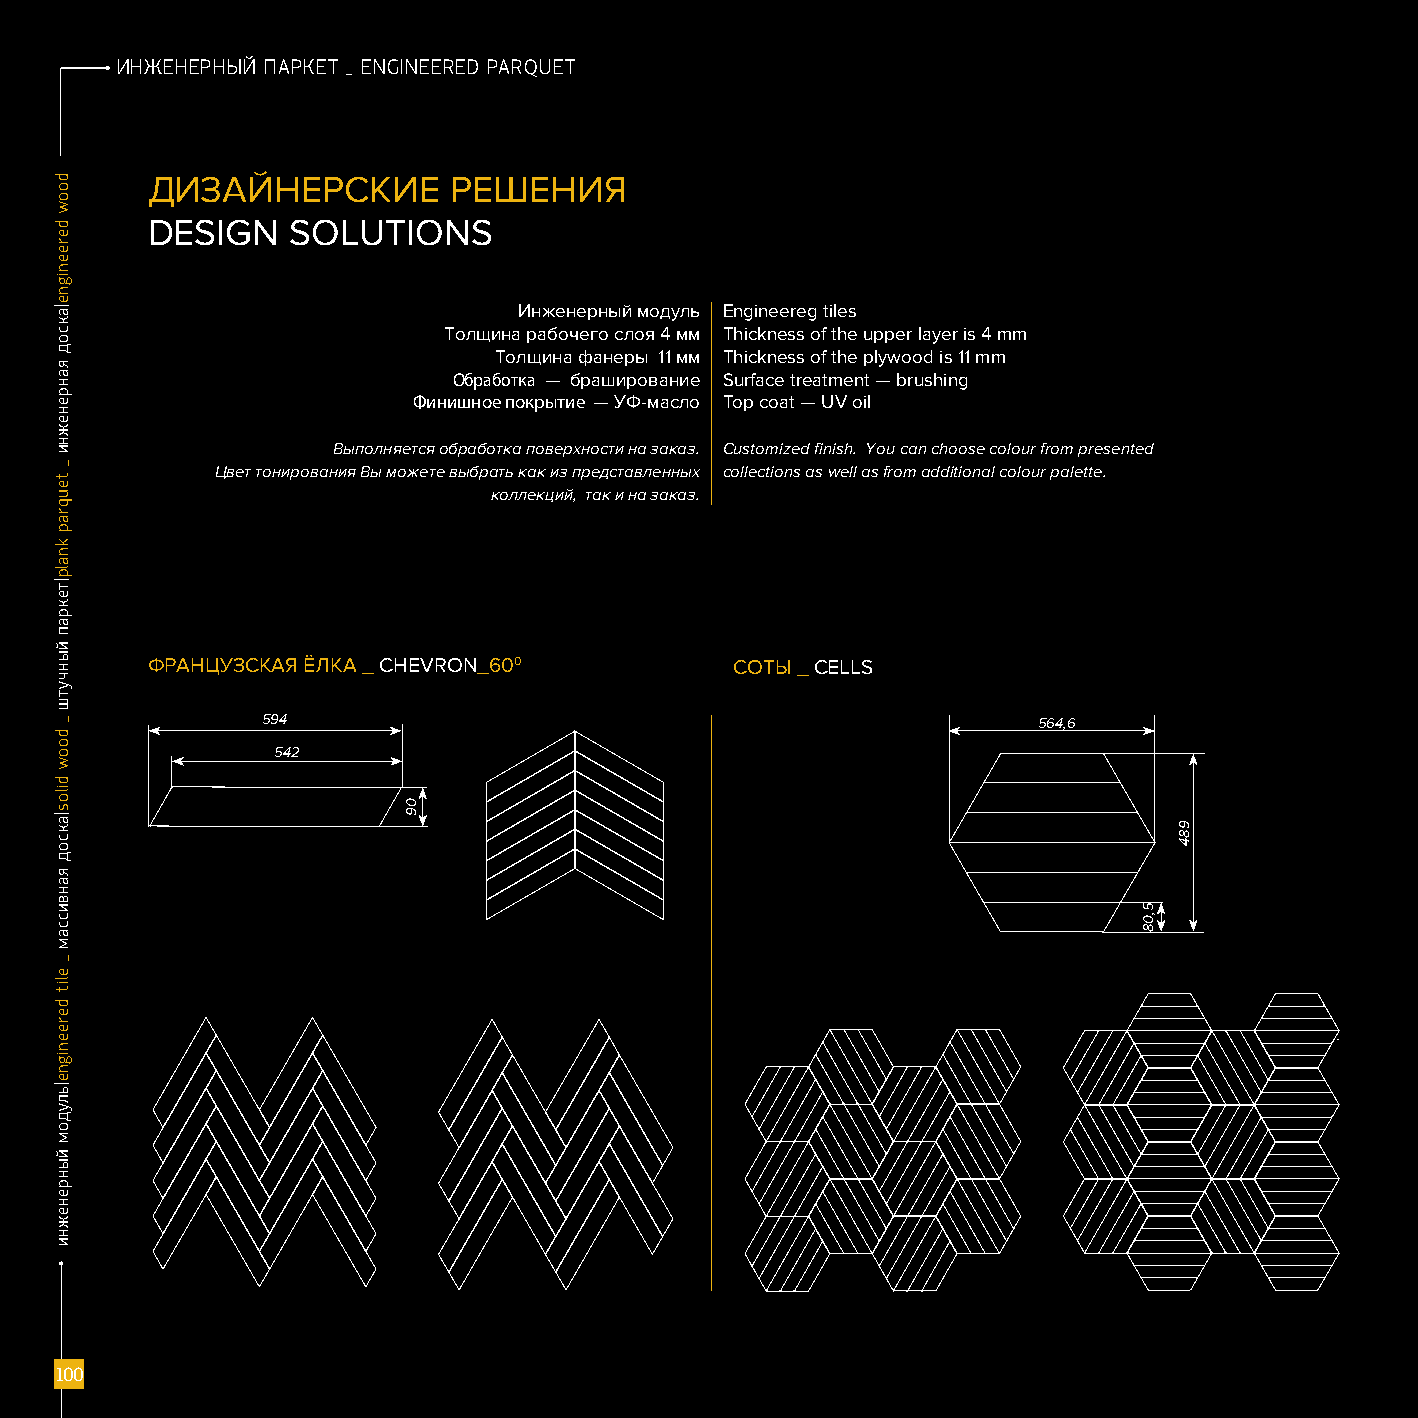
ИНЖЕНЕРНЫЙ ПАРКЕТ _ ENGINEERED PARQUET
 ДИЗАЙНЕРСКИЕ        РЕШЕНИЯ
 DESIGN   SOLUTIONS
 Инженерный модуль Engineereg tiles
 Толщина рабочего слоя 4 мм Thickness of the upper layer is 4 mm
 Толщина фанеры 11 мм Thickness of the plywood is 11 mm
 Обработка — браширование Surface treatment — brushing
 Финишное покрытие — УФ-масло Top coat — UV oil
 Выполняется обработка поверхности на заказ. Customized finish. You can choose colour from presented
 Цвет тонирования Вы можете выбрать как из представленных collections as well as from additional colour palette.
 коллекций, так и на заказ.
 ФРАНЦУЗСКАЯ ЁЛКА _ CHEVRON_600         СОТЫ _ CELLS
 594                                                 564,6
 542
 100
 doow
 dereenigne|аксод
 яанренежни
 _
 teuqrap
 knalp|текрап
 йынчутш
 _
 doow
 dilos|аксод
 яанвиссам
 _
 elit
 dereenigne|ьлудом
 йынренежни
 09
 5,08
 984